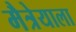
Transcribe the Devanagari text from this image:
मैत्रेयाला